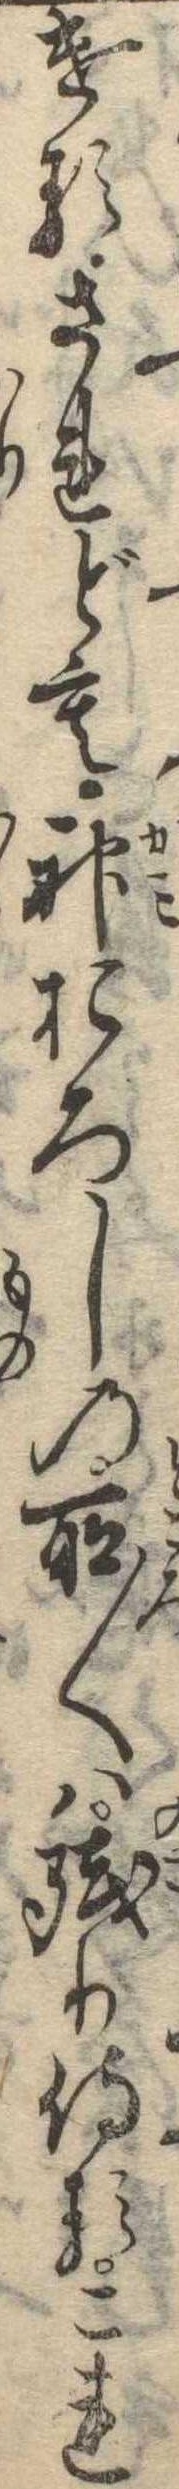
けるされども神おろしの所〱は残り侍るこれ